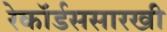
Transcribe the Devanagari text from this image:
रेकॉर्डससारखी